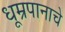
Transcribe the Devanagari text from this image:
धूम्रपानाचे